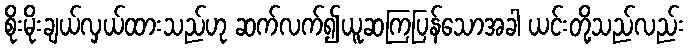
စိုးမိုးချယ်လှယ်ထားသည်ဟု ဆက်လက်၍ယူဆကြပြန်သောအခါ ယင်းတို့သည်လည်း